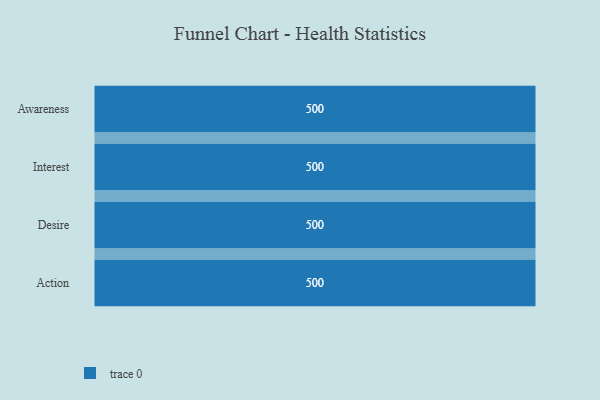
{"axis": {"x": "Stage", "y": "Value"}, "legend": [""], "data": [{"x": "Awareness", "y": 500, "type": ""}, {"x": "Interest", "y": 500, "type": ""}, {"x": "Desire", "y": 500, "type": ""}, {"x": "Action", "y": 500, "type": ""}]}